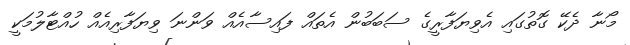
މޯނާ ދެކޭ ގޮތުގައި އެވިޔަފާރީގެ ސަބަބުން އެތައް ފައިސާއެއް ވަންނަ ވިޔަފާރިއެއް ހުއްޓާލުމަކީ